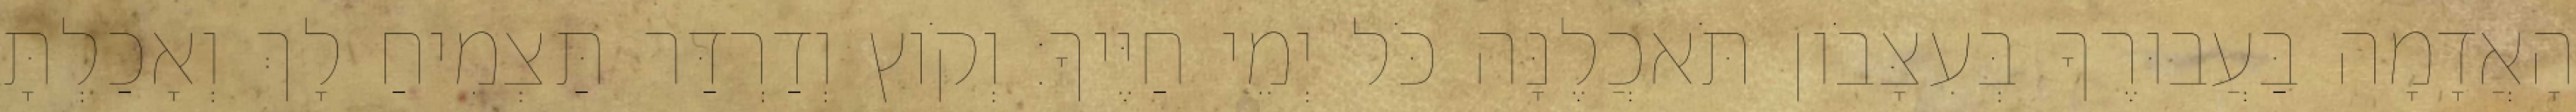
הָאֲדָמָה בַּעֲבוּרֶךָ בְּעִצָּבֹון תֹּאכֲלֶנָּה כֹּל יְמֵי חַיֶּיךָ׃ וְקֹוץ וְדַרְדַּר תַּצְמִיחַ לָךְ וְאָכַלְתָּ